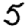
Digit: 5